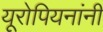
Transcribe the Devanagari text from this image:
यूरोपियनांनी